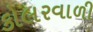
કોલરવાળી